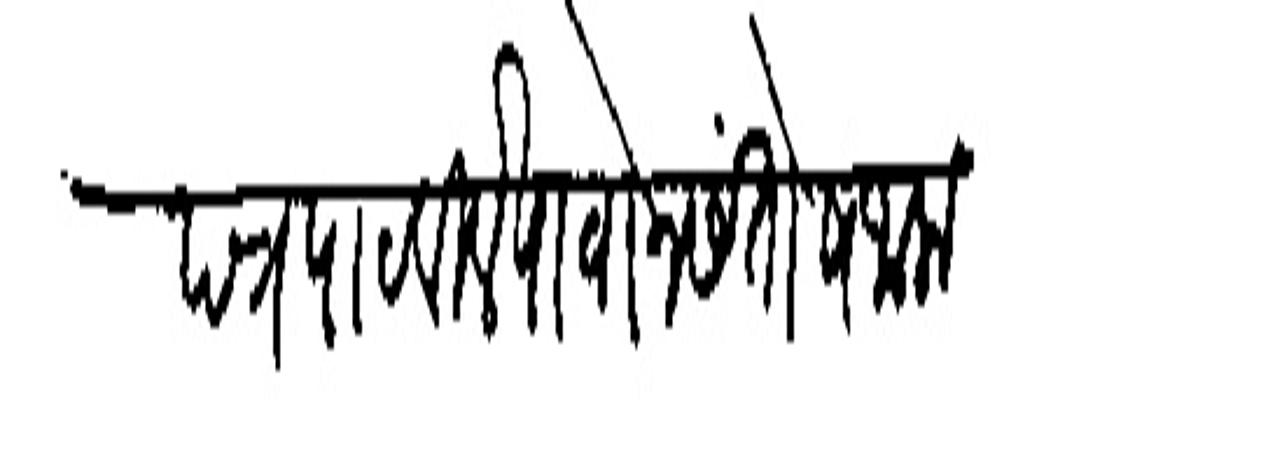
Transliteration (Devanagari): पत्र पाठविले पावोन संतोष जाला